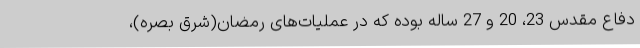
دفاع مقدس 23، 20 و 27 ساله بوده که در عملیات‌های رمضان(شرق بصره)،